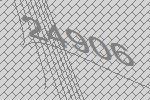
24906